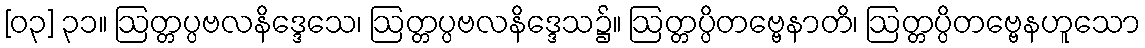
[၀၃] ၃၁။ ဩတ္တပ္ပဗလနိဒ္ဒေသေ၊ ဩတ္တပ္ပဗလနိဒ္ဒေသ၌။ ဩတ္တပ္ပိတဗ္ဗေနာတိ၊ ဩတ္တပ္ပိတဗ္ဗေနဟူသော